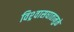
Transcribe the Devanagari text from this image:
विश्र्वासघातामुळे